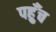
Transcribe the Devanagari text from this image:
पह़ुँच